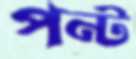
পন্ট